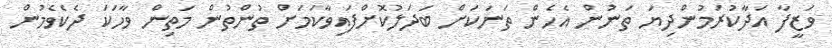
ވަޒީފާ އަދާކުރަމުންދިޔަ ތަނުން އެހެން ތަނަކަށް ބަދަލުކޮށްފައިވާކަމަށް ތުންތުން މަތިން ވާހަކަ ދެކެވެމުން